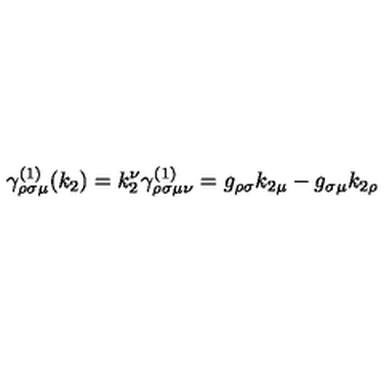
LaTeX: \gamma _ { \rho \sigma \mu } ^ { ( 1 ) } ( k _ { 2 } ) = k _ { 2 } ^ { \nu } \gamma _ { \rho \sigma \mu \nu } ^ { ( 1 ) } = g _ { \rho \sigma } k _ { 2 \mu } - g _ { \sigma \mu } k _ { 2 \rho }